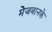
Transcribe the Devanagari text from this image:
मेजबानके